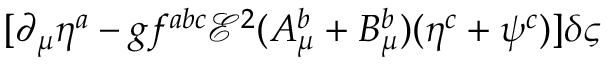
[ \partial _ { \mu } \eta ^ { a } - g f ^ { a b c } { \mathcal { E } } ^ { 2 } ( A _ { \mu } ^ { b } + B _ { \mu } ^ { b } ) ( \eta ^ { c } + \psi ^ { c } ) ] \delta \varsigma